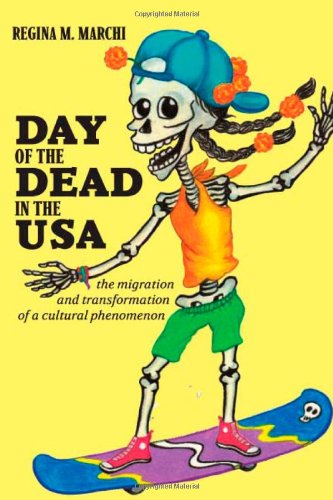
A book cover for Day of the Dead in the USA: The Migration and Transformation of a Cultural Phenomenon (Latinidad: Transnational Cultures in the United States); Regina M Marchi; Politics & Social Sciences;